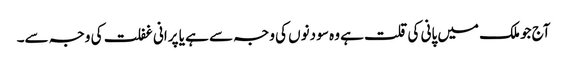
آج جو ملک میں پانی کی قلت ہے وہ سو دنوں کی وجہ سے ہے یا پرانی غفلت کی وجہ سے۔